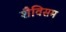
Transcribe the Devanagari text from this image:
शैविसम